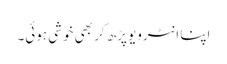
اپنا انٹرویو پڑھ کر بھی خوشی ہوئی۔